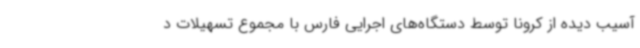
آسیب دیده از کرونا توسط دستگاه‌های اجرایی فارس با مجموع تسهیلات د